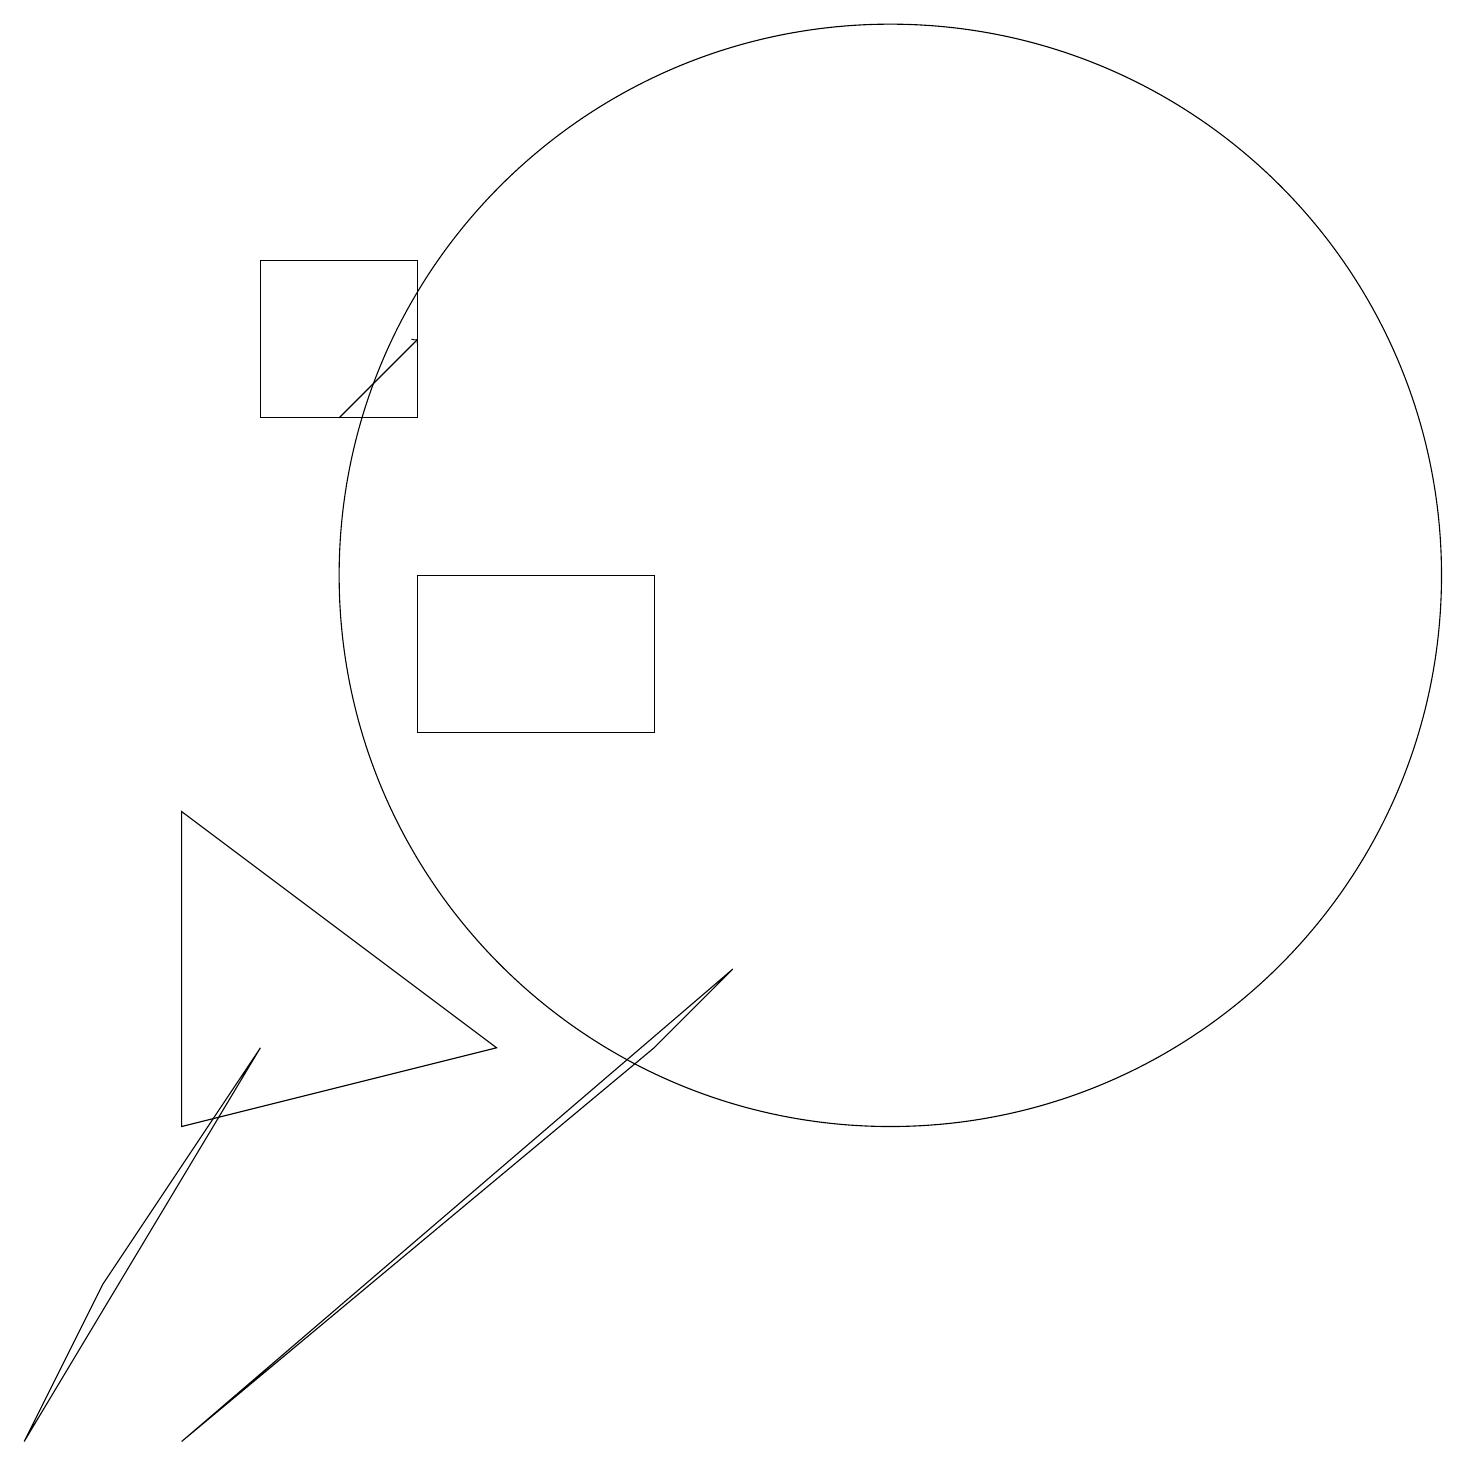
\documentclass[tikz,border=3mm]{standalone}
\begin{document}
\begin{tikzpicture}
\draw (8,6) -- (9,7) -- (2,1) -- cycle;
\draw (3,14) rectangle (5,16);
\draw (8,10) rectangle (5,12);
\draw (2,9) -- (6,6) -- (2,5) -- cycle;
\draw (11,12) circle (0);
\draw[->] (4,14) -- (5,15);
\draw (0,1) -- (1,3) -- (3,6) -- cycle;
\draw (11,12) circle (7);
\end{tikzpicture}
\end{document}